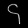
Digit: ၄